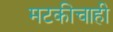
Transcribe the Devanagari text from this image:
मटकीचाही